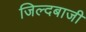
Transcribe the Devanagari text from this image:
जिल्दबाजी